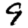
Digit: 9